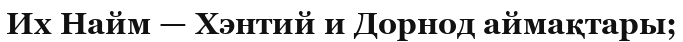
Их Найм — Хэнтий и Дорнод аймақтары;